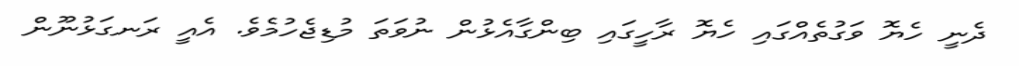
ދެނީ ހެޔޮ ވަގުތެއްގައި ހެޔޮ ރާހީގައި ބިންގާއެޅުން ނުވަތަ މުޑިޖެހުމެވެ. އެއީ ރަނގަޅުނޫން